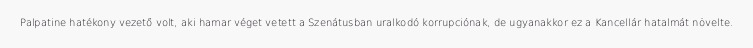
Palpatine hatékony vezető volt, aki hamar véget vetett a Szenátusban uralkodó korrupciónak, de ugyanakkor ez a Kancellár hatalmát növelte.